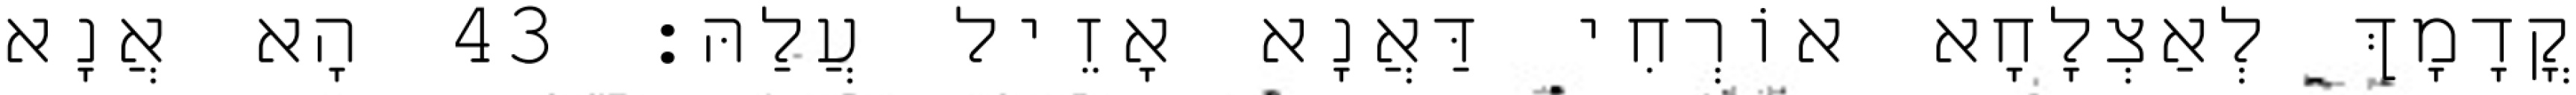
קֳדָמָךְ לְאַצְלָחָא אוֹרְחִי דַּאֲנָא אָזֵיל עֲלַהּ׃ 43 הָא אֲנָא